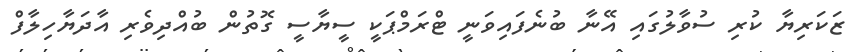
ޒަކަރިޔާ ކުރި ސުވާލުގައި އޭނާ ބުނެފައިވަނީ ޓްރަމްޕަކީ ސީޔާސީ ގޮތުން ބުއްދިވެރި އާދަޔާހިލާފް